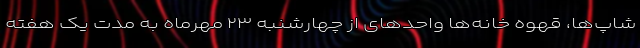
شاپ‌ها، قهوه خانه‌ها واحدهای از چهارشنبه ۲۳ مهرماه به مدت یک هفته